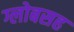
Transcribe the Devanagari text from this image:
ग्लोबसह